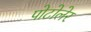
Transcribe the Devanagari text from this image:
पोटोलेर